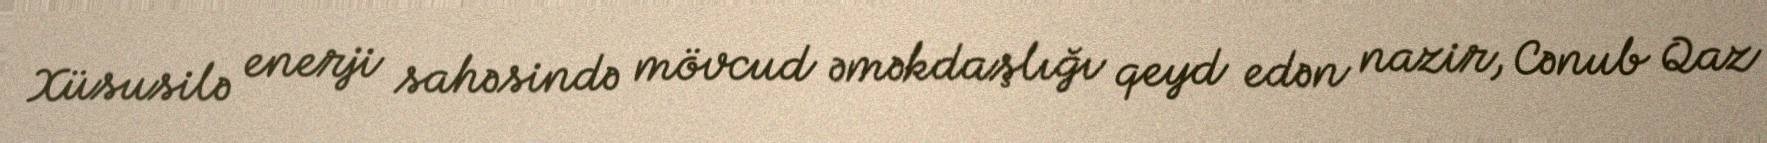
Xüsusilə enerji sahəsində mövcud əməkdaşlığı qeyd edən nazir, Cənub Qaz